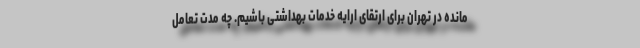
مانده در تهران برای ارتقای ارایه خدمات بهداشتی باشیم. چه مدت تعامل